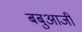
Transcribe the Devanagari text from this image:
बबुआजी